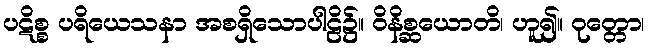
ပဋိစ္စ ပရိယေသနာ အစရှိသောပါဠိ၌။ ဝိနိစ္ဆယောတိ၊ ဟူ၍။ ဝုတ္တော၊